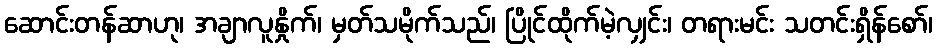
ဆောင်းတန်ဆာဟု၊ အချာလူနှိုက်၊ မှတ်သမိုက်သည်၊ ပြိုင်ထိုက်မဲ့လျှင်း၊ တရားမင်း သတင်းရှိန်စော်၊